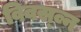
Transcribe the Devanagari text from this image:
विवस्व्न